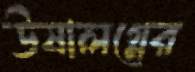
উষালগ্নের